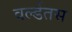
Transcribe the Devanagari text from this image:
वर्ल्डतस